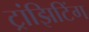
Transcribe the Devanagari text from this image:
ट्रांझिटिंग